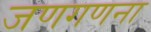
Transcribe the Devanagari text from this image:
जणगणना